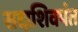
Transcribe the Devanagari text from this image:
सदाशिवपंत